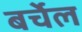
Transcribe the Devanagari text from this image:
बर्चेल